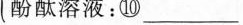
酚酞溶液：___